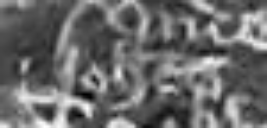
Johannes